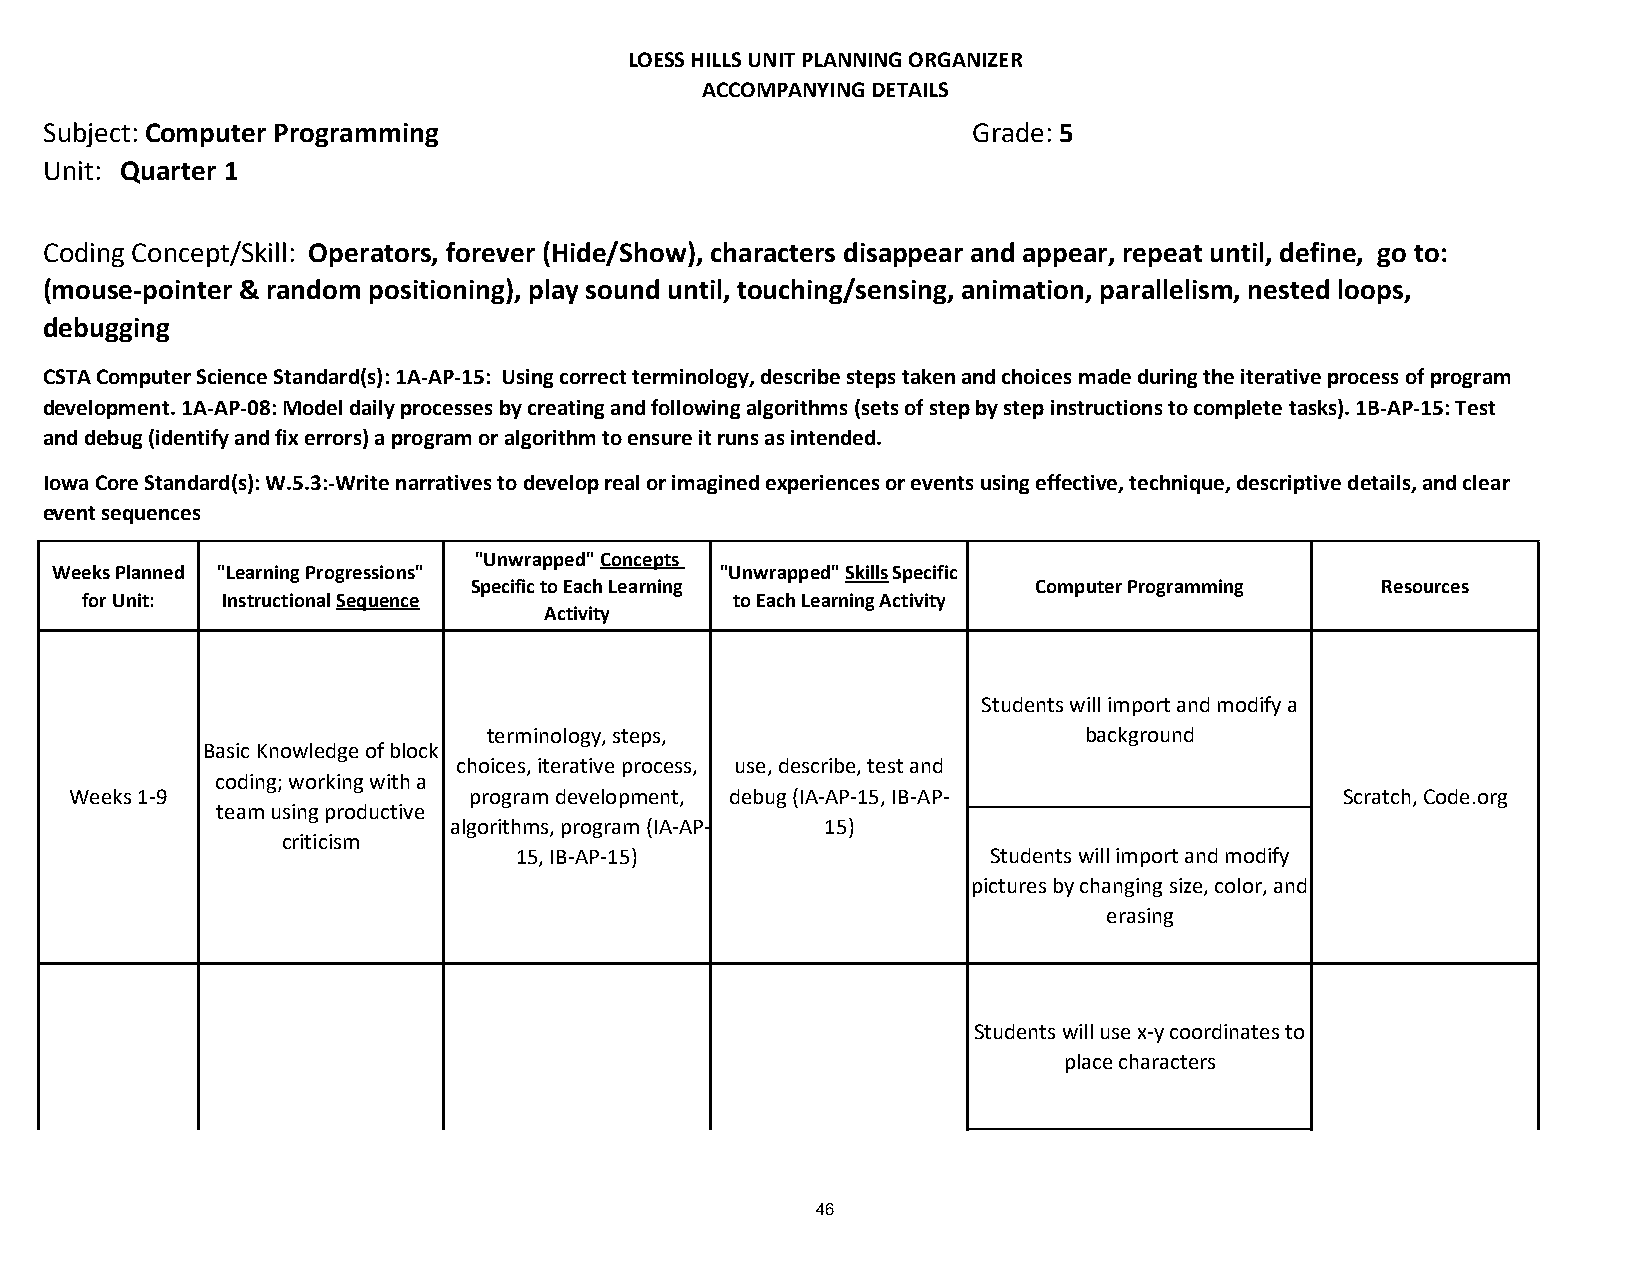
LOESS HILLS UNIT PLANNING ORGANIZER
 ACCOMPANYING DETAILS
 Subject: Computer Programming                                Grade: 5
 Unit: Quarter 1
 Coding Concept/Skill: Operators, forever (Hide/Show), characters disappear and appear, repeat until, define, go to:
 (mouse-pointer & random positioning), play sound until, touching/sensing, animation, parallelism, nested loops,
 debugging
 CSTA Computer Science Standard(s): 1A-AP-15: Using correct terminology, describe steps taken and choices made during the iterative process of program
 development. 1A-AP-08: Model daily processes by creating and following algorithms (sets of step by step instructions to complete tasks). 1B-AP-15: Test
 and debug (identify and fix errors) a program or algorithm to ensure it runs as intended.
 Iowa Core Standard(s): W.5.3:-Write narratives to develop real or imagined experiences or events using effective, technique, descriptive details, and clear
 event sequences
 "Unwrapped" Concepts
 Weeks Planned "Learning Progressions"        "Unwrapped" Skills Specific
 Specific to Each Learning             Computer Programming  Resources
 for Unit: Instructional Sequence            to Each Learning Activity
 Activity
 Students will import and modify a
 terminology, steps,                     background
 Basic Knowledge of block
 choices, iterative process, use, describe, test and
 coding; working with a
 Weeks 1-9                 program development, debug (IA-AP-15, IB-AP-              Scratch, Code.org
 team using productive
 algorithms, program (IA-AP- 15)
 criticism
 15, IB-AP-15)                  Students will import and modify
 pictures by changing size, color, and
 erasing
 Students will use x-y coordinates to
 place characters
 46
 terminology, steps,
 Basic Knowledge of block
 choices, iterative process, use, describe, test and
 coding; working with a
 Weeks 1-9                 program development, debug (IA-AP-15, IB-AP-              Scratch, Code.org
 team using productive
 algorithms, program (IA-AP- 15)
 criticism
 15, IB-AP-15)